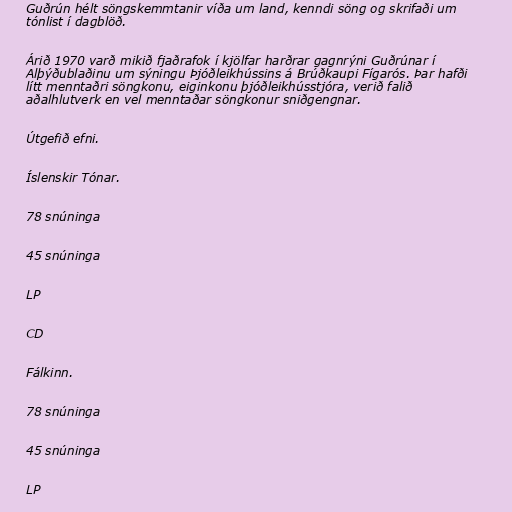
Guðrún hélt söngskemmtanir víða um land, kenndi söng og skrifaði um
tónlist í dagblöð.

Árið 1970 varð mikið fjaðrafok í kjölfar harðrar gagnrýni Guðrúnar í
Alþýðublaðinu um sýningu Þjóðleikhússins á Brúðkaupi Fígarós. Þar hafði
lítt menntaðri söngkonu, eiginkonu þjóðleikhússtjóra, verið falið
aðalhlutverk en vel menntaðar söngkonur sniðgengnar.

Útgefið efni.

Íslenskir Tónar.

78 snúninga

45 snúninga

LP

CD

Fálkinn.

78 snúninga

45 snúninga

LP